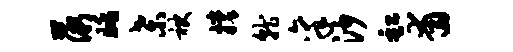
薇眺桑袂撑就禀沙缸甫